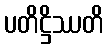
ပတိဋ္ဌိဿတိ